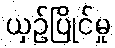
ယှဉ်ပြိုင်မှု